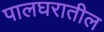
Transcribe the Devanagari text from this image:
पालघरातील